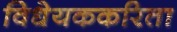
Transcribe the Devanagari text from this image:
विधेयककरिता